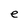
Character: e